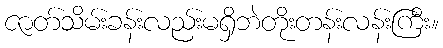
ဇာတ်သိမ်းခန်းလည်းမရှိဘဲတိုးတန်းလန်းကြီး။